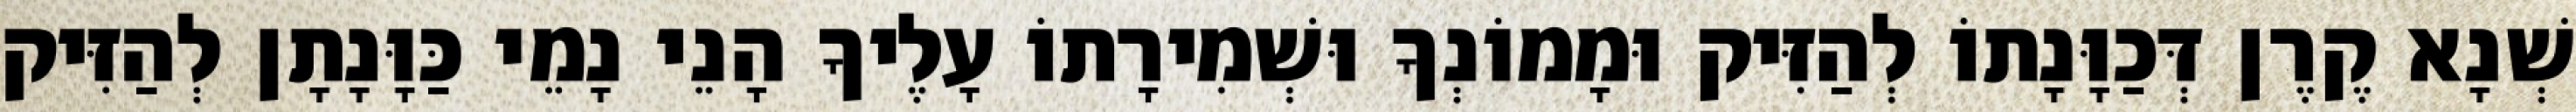
שְׁנָא קֶרֶן דְּכַוָּנָתוֹ לְהַזִּיק וּמָמוֹנְךָ וּשְׁמִירָתוֹ עָלֶיךָ הָנֵי נָמֵי כַּוָּנָתָן לְהַזִּיק